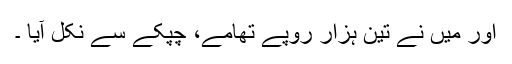
اور میں نے تین ہزار روپے تھامے، چپکے سے نکل آیا ۔